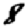
Digit: 8